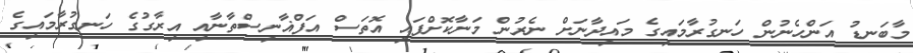
މާބަނޑު އަންހެނުން ހަނގުރާމައިގެ މައިދާނަށް ނެރުން މަނާކޮށްފައި އޮތަސް އަފްޣާނިސްތާނާއި އިރާގުގެ ހަނގުރާމައިގެ